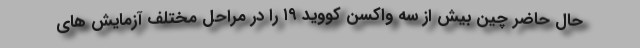
حال حاضر چین بیش از سه واکسن کووید ۱۹ را در مراحل مختلف آزمایش های